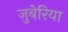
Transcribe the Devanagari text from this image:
जुबेरिया